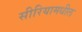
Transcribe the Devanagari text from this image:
सीरियामधील